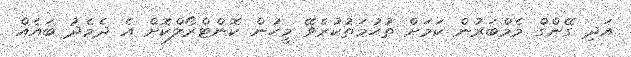
އަދި ގޭންގް މެމްބަރުން ކަމަށް ތުހުމަތުކުރެވޭ މީހުން ކޮންޓްރޯލްކޮށް އެ ދެމެދު ބައެއް